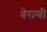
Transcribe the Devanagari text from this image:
बेराणी